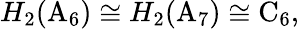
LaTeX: H_{2}(\mathrm{A}_{6})\cong H_{2}(\mathrm{A}_{7})\cong\mathrm{C}_{6},